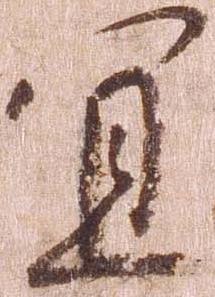
宜